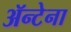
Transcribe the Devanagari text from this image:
ॲन्टेना